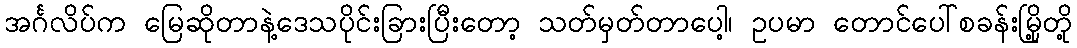
အင်္ဂလိပ်က မြေဆိုတာနဲ့ဒေသပိုင်းခြားပြီးတော့ သတ်မှတ်တာပေါ့၊ ဥပမာ တောင်ပေါ်စခန်းမြို့တို့